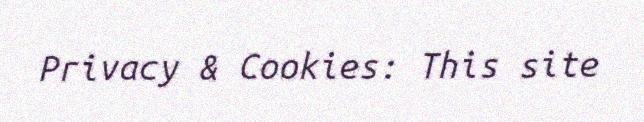
Privacy & Cookies: This site